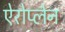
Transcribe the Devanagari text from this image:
ऐरोप्लेन